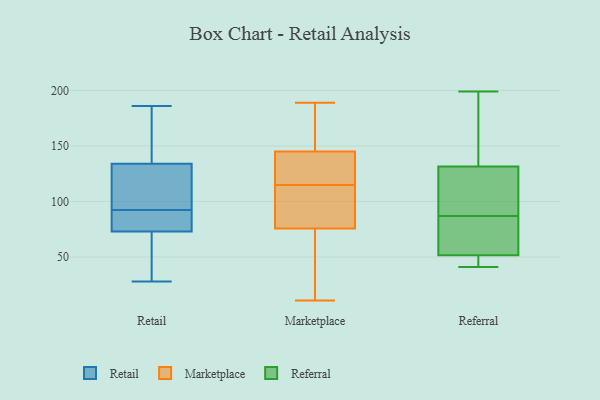
{"axis": {"x": "Operating Costs (USD K)", "y": "Value"}, "legend": ["Marketplace", "Referral", "Retail"], "data": [{"x": "", "y": 54, "type": "Retail"}, {"x": "", "y": 167, "type": "Retail"}, {"x": "", "y": 96, "type": "Retail"}, {"x": "", "y": 130, "type": "Retail"}, {"x": "", "y": 64, "type": "Retail"}, {"x": "", "y": 186, "type": "Retail"}, {"x": "", "y": 121, "type": "Retail"}, {"x": "", "y": 138, "type": "Retail"}, {"x": "", "y": 84, "type": "Retail"}, {"x": "", "y": 28, "type": "Retail"}, {"x": "", "y": 89, "type": "Retail"}, {"x": "", "y": 82, "type": "Retail"}, {"x": "", "y": 186, "type": "Marketplace"}, {"x": "", "y": 11, "type": "Marketplace"}, {"x": "", "y": 189, "type": "Marketplace"}, {"x": "", "y": 147, "type": "Marketplace"}, {"x": "", "y": 71, "type": "Marketplace"}, {"x": "", "y": 139, "type": "Marketplace"}, {"x": "", "y": 155, "type": "Marketplace"}, {"x": "", "y": 97, "type": "Marketplace"}, {"x": "", "y": 98, "type": "Marketplace"}, {"x": "", "y": 66, "type": "Marketplace"}, {"x": "", "y": 115, "type": "Marketplace"}, {"x": "", "y": 90, "type": "Marketplace"}, {"x": "", "y": 129, "type": "Marketplace"}, {"x": "", "y": 138, "type": "Marketplace"}, {"x": "", "y": 43, "type": "Marketplace"}, {"x": "", "y": 43, "type": "Referral"}, {"x": "", "y": 166, "type": "Referral"}, {"x": "", "y": 49, "type": "Referral"}, {"x": "", "y": 61, "type": "Referral"}, {"x": "", "y": 199, "type": "Referral"}, {"x": "", "y": 106, "type": "Referral"}, {"x": "", "y": 60, "type": "Referral"}, {"x": "", "y": 112, "type": "Referral"}, {"x": "", "y": 87, "type": "Referral"}, {"x": "", "y": 138, "type": "Referral"}, {"x": "", "y": 41, "type": "Referral"}]}